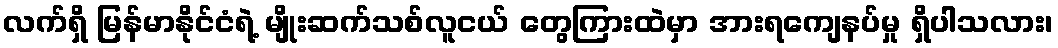
လက်ရှိ မြန်မာနိုင်ငံရဲ့ မျိုးဆက်သစ်လူငယ် တွေကြားထဲမှာ အားရကျေနပ်မှု ရှိပါသလား၊